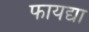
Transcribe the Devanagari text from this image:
फायद्या